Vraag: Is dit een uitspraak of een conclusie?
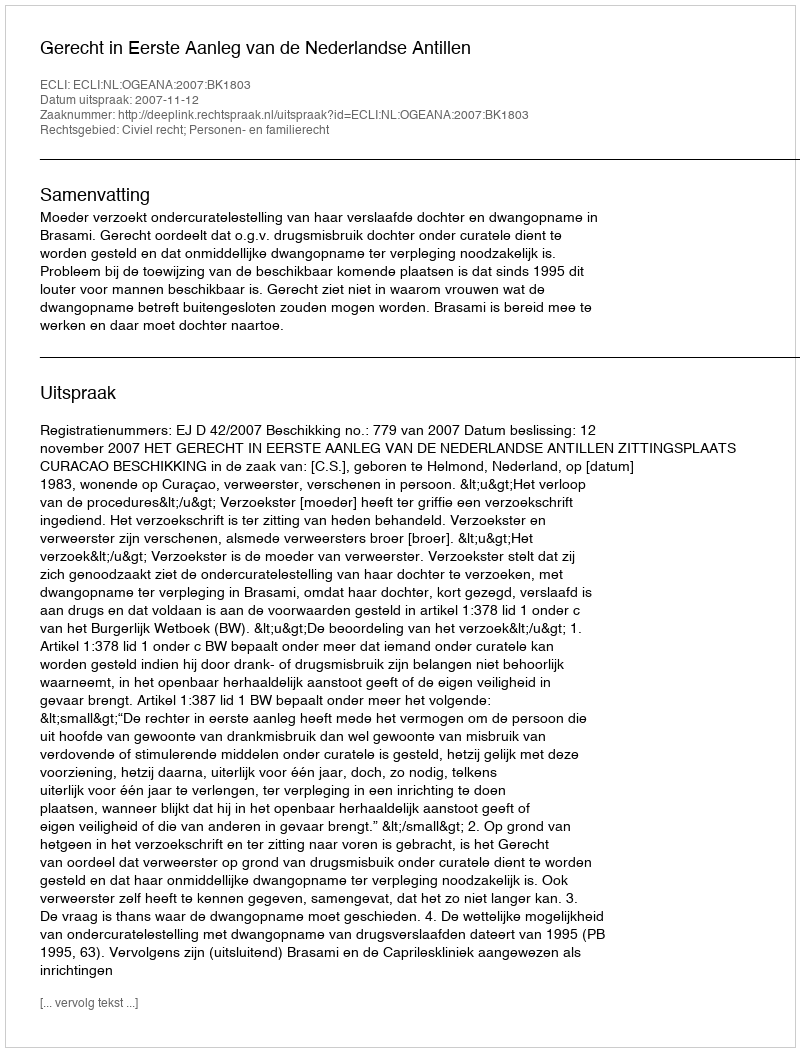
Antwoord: Uitspraak